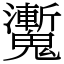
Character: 魙